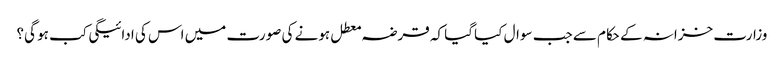
وزارت خزانہ کے حکام سے جب سوال کیا گیا کہ قرضہ معطل ہونے کی صورت میں اس کی ادائیگی کب ہو گی؟